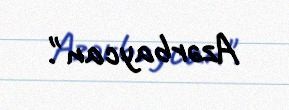
Azərbaycan".